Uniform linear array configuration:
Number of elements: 48
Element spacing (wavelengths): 0.75
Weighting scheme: uniform
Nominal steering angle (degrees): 15
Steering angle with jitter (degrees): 14.458
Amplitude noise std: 0.05
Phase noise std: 0.05

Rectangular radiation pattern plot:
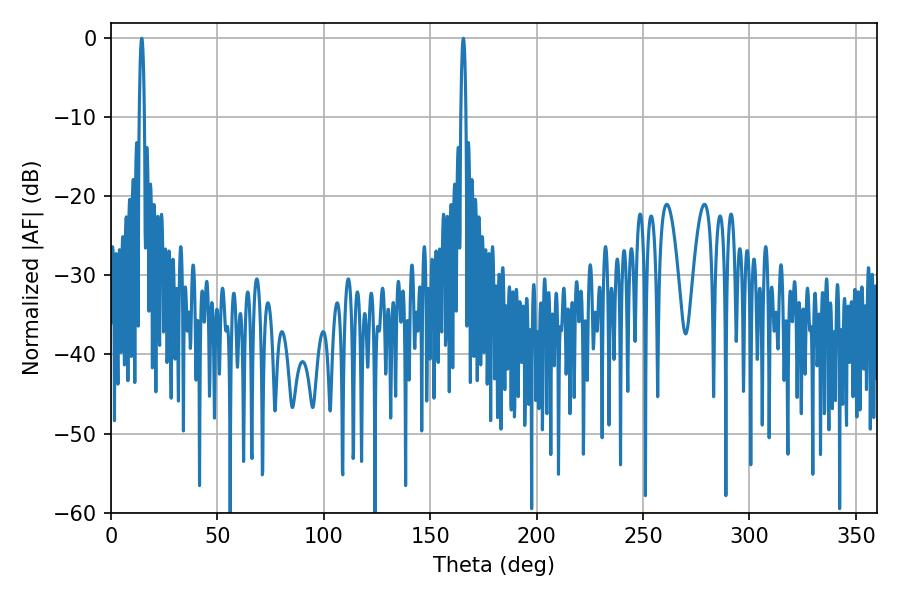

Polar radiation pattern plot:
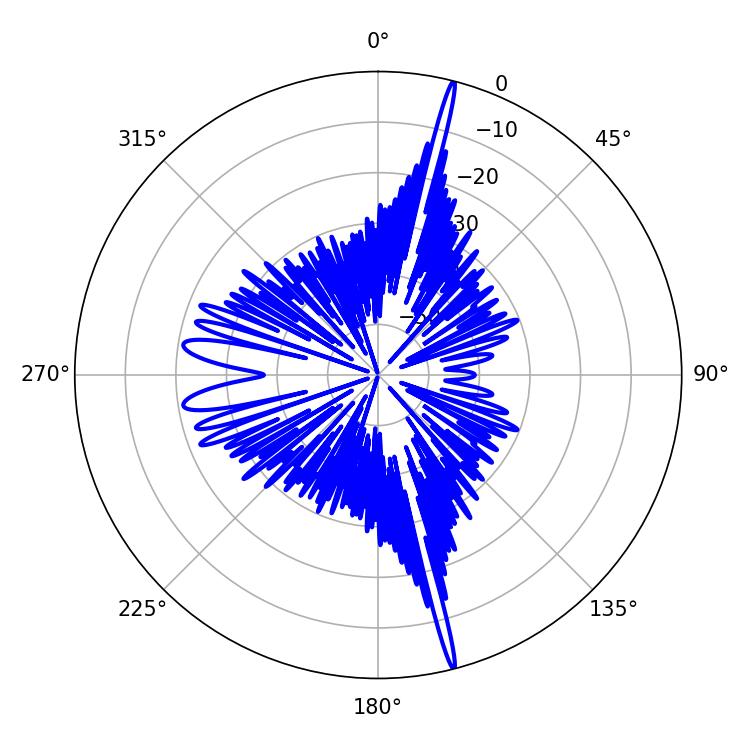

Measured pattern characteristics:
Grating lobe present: TRUE
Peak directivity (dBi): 22.395
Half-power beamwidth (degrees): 1.26
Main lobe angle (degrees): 14.4